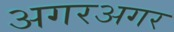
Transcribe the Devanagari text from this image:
अगरअगर